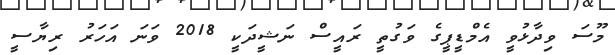
މޫސަ ވިދާޅުވީ އެމްޑީޕީގެ ވަގުތީ ރައީސް ނަޝީދަކީ 2018 ވަނަ އަހަރު ރިޔާސީ